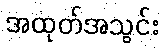
အထုတ်အသွင်း